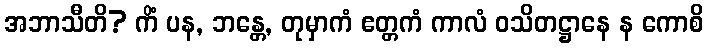
အဘာသီတိ? ကိံ ပန, ဘန္တေ, တုမှာကံ ဧတ္တကံ ကာလံ ဝသိတဋ္ဌာနေ န ကောစိ